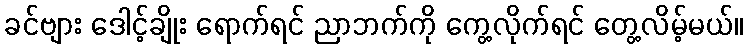
ခင်ဗျား ဒေါင့်ချိုး ရောက်ရင် ညာဘက်ကို ကွေ့လိုက်ရင် တွေ့လိမ့်မယ်။